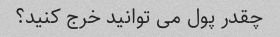
چقدر پول می توانید خرج کنید؟